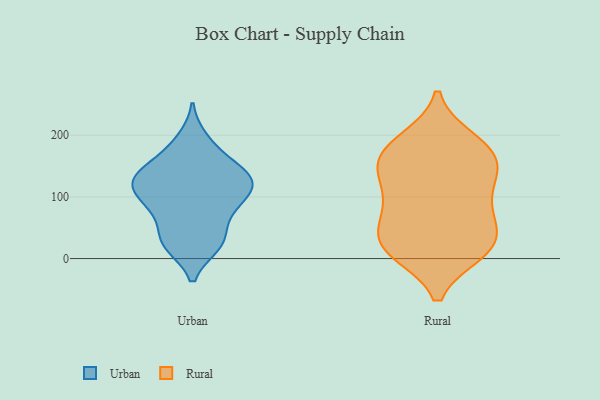
{"axis": {"x": "Churn Rate (%)", "y": "Value"}, "legend": ["Rural", "Urban"], "data": [{"x": "", "y": 29, "type": "Urban"}, {"x": "", "y": 73, "type": "Urban"}, {"x": "", "y": 113, "type": "Urban"}, {"x": "", "y": 148, "type": "Urban"}, {"x": "", "y": 22, "type": "Urban"}, {"x": "", "y": 130, "type": "Urban"}, {"x": "", "y": 193, "type": "Urban"}, {"x": "", "y": 119, "type": "Urban"}, {"x": "", "y": 24, "type": "Urban"}, {"x": "", "y": 103, "type": "Urban"}, {"x": "", "y": 80, "type": "Urban"}, {"x": "", "y": 80, "type": "Urban"}, {"x": "", "y": 126, "type": "Urban"}, {"x": "", "y": 113, "type": "Urban"}, {"x": "", "y": 177, "type": "Urban"}, {"x": "", "y": 29, "type": "Urban"}, {"x": "", "y": 141, "type": "Urban"}, {"x": "", "y": 140, "type": "Urban"}, {"x": "", "y": 67, "type": "Rural"}, {"x": "", "y": 144, "type": "Rural"}, {"x": "", "y": 115, "type": "Rural"}, {"x": "", "y": 80, "type": "Rural"}, {"x": "", "y": 19, "type": "Rural"}, {"x": "", "y": 182, "type": "Rural"}, {"x": "", "y": 18, "type": "Rural"}, {"x": "", "y": 193, "type": "Rural"}, {"x": "", "y": 50, "type": "Rural"}, {"x": "", "y": 155, "type": "Rural"}, {"x": "", "y": 169, "type": "Rural"}, {"x": "", "y": 13, "type": "Rural"}, {"x": "", "y": 13, "type": "Rural"}, {"x": "", "y": 187, "type": "Rural"}, {"x": "", "y": 132, "type": "Rural"}, {"x": "", "y": 10, "type": "Rural"}, {"x": "", "y": 148, "type": "Rural"}, {"x": "", "y": 95, "type": "Rural"}, {"x": "", "y": 50, "type": "Rural"}]}